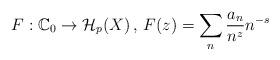
LaTeX: \begin{align*}F: \mathbb{C}_0 \rightarrow \mathcal{H}_p(X)\,,\, F(z) = \sum_n \frac{a_n}{n^z} n^{-s}\end{align*}